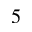
^ { 5 }